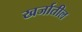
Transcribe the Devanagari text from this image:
खर्जातील